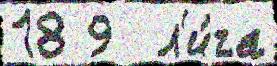
18 9  л'и́га